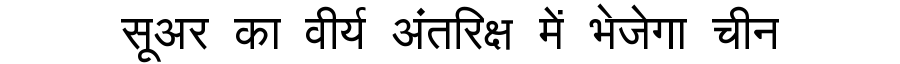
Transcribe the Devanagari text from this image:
सूअर का वीर्य अंतरिक्ष में भेजेगा चीन